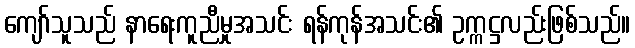
ကျော်သူသည် နာရေးကူညီမှုအသင်း ရန်ကုန်အသင်း၏ ဥက္ကဋ္ဌလည်းဖြစ်သည်။